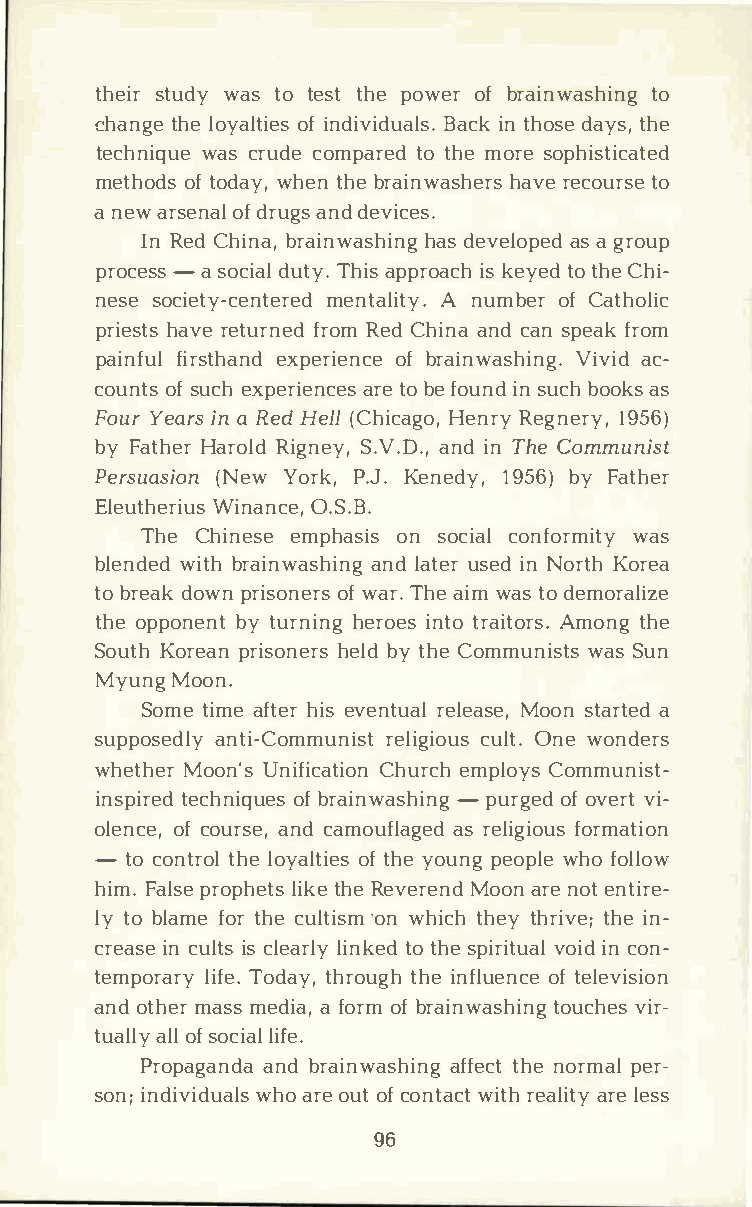
thesitru dwya st ot estth ep oweorfb rainwatsoh ing
 chantghele o yalotfii nedsi viBdaucaiklnt s h.od saey tsh,e
 technwiaqsuc er ucdoem patroet dhm eo rseo phisticated
 methoodfts o dawyh,et nh ber ainwahsahvreeer cso utros e
 an ewa rseonfda rlu agnsdd e vices.
 InR eCdh inbar,a inwahsahdsie nvge laospa e dg roup
 proc-eass so cialT hdiauspt pyr.o akcehy etiodts h Ceh i­
 nesseo ciety-mceennttaelrAie ntduy m.b eofrC atholic
 priehsatvrsee turfnreoRdme Cd hinaand c asnp efarko m
 painffiurls tehxapnedr ioefbn rcaei nwaVsihviiancdg­ .
 counotfss u cehx periaerntecob e efs o uinnsd u cbho oakss
 FouYre airnsa R edH el(lC hicHaegnor,y Re1g9n5e6r)y ,
 byF athHearr oRlidg nSe.yV,. aDn.di, nT heC ommunist
 Persua(sNieowYn o rkP,. JK.e ned1y9,5 b6y)F ather
 EleuthWeirniaun0sc. eS,. B.
 TheC hineesmep haosnis so cicaoln forwmaist y
 blenwdietdbh r ainwaasnhdli antuges rei dnN ortKho rea
 tob redaokw pnr isoonfwe arrTs.h aei wma tso d emoralize
 thoep ponbeynt tu rnhienrgo ienstt or aiAtmoornstg.h e
 SouKtohr eparni sohneelbrdyst hCeo mmunwiassSt us n
 MyunMgo on.
 Somtei maef theires v entual Moroesnlt eaarsate e,d
 supposaendtliy- Comrmeulniigscituo lOutns.e w onders
 whethMeoro nU'nsi ficCahtuireocmnhp loCyosm munist­
 insptiercehdn ioqfbu reasi nwa-sphuirnggoe fod v evrit­
 olenocfce o,u rasnedc, a moufalsar geeldi gfioorumsa tion
 - toc onttrholelo yalotfti heyeso unpge opwlheof ollow
 himF.a lpsreo phleittksheR e e verMeonodan r neo etn tire­
 lyt ob lamfeot rh ceu lt·ioswnmh icthh etyh ritvheie;n ­
 creaisnce u litscs l ealrilnykt eod s tphier viotiuidanc l o n­
 temporlairfTyeo .d atyh,r otuhgiehn fluoeftn eclee vision
 anodt hmears mse diaaf ,o romfb rainwatsohuicnvhiger s­
 tuaalllolyfs ocliiatle .
 Propagaanndbd raa inwaasfhfitenhcgnet o rmpaelr ­
 soni;n diviwdhuoaa rloesu o tfc ontwaictrthe alairlteey s s
 96